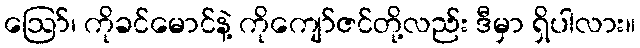
ဪ၊ ကိုခင်မောင်နဲ့ ကိုကျော်ဇင်တို့လည်း ဒီမှာ ရှိပါလား။